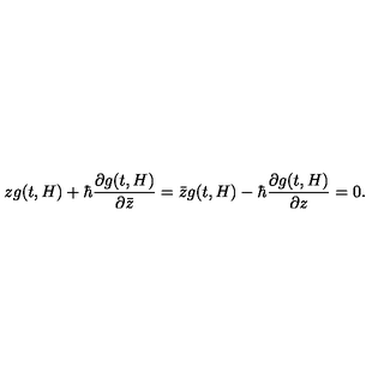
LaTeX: z g ( t , H ) + \hbar \frac { \partial g ( t , H ) } { \partial { \bar { z } } } = { \bar { z } } g ( t , H ) - \hbar \frac { \partial g ( t , H ) } { \partial z } = 0 .